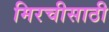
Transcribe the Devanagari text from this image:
मिरचीसाठी